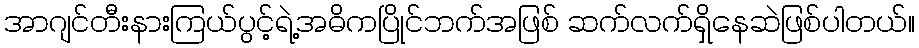
အာဂျင်တီးနားကြယ်ပွင့်ရဲ့အဓိကပြိုင်ဘက်အဖြစ် ဆက်လက်ရှိနေဆဲဖြစ်ပါတယ်။